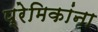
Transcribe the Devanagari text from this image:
प्रेमिकांना